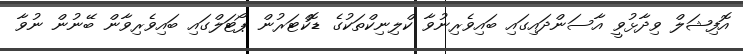
އޮފިޝަލް ވިދާޅުވީ އާސަންދައިގައި ބައިވެރިނުވާ ކްލިނިކްތަކުގެ ޑޮކްޓަރުން ޕޯޓަލްގައި ބައިވެރިވާން ބޭނުން ނުވާ